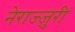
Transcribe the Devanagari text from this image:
नेराज्ज़ुरी